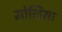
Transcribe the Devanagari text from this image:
मोलिसा